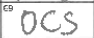
Transcription: OCS